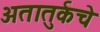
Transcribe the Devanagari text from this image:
अतातुर्कचे